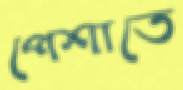
পেশাতে